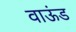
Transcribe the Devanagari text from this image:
वाऊंड